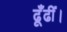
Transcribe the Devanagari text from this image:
ढूँढीं।